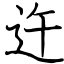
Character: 迕